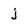
Character: j